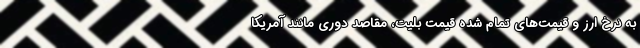
به نرخ ارز و قیمت‌های تمام شده قیمت بلیت، مقاصد دوری مانند آمریکا